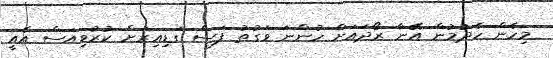
މިހެން ހެދުމުން އޭނާ ރޯދައަށް ހުންނަ ވަގުތު ފަސް ގަޑިއިރަށް ކުރުވިއަސް އެއީ